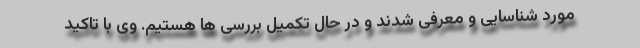
مورد شناسایی و معرفی شدند و در حال تکمیل بررسی ها هستیم. وی با تاکید